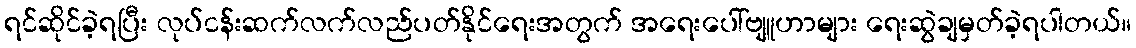
ရင်ဆိုင်ခဲ့ရပြီး လုပ်ငန်းဆက်လက်လည်ပတ်နိုင်ရေးအတွက် အရေးပေါ်ဗျူဟာများ ရေးဆွဲချမှတ်ခဲ့ရပါတယ်။